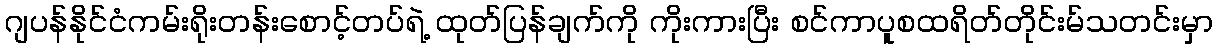
ဂျပန်နိုင်ငံကမ်းရိုးတန်းစောင့်တပ်ရဲ့ ထုတ်ပြန်ချက်ကို ကိုးကားပြီး စင်ကာပူစထရိတ်တိုင်းမ်သတင်းမှာ